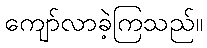
ကျော်လာခဲ့ကြသည်။